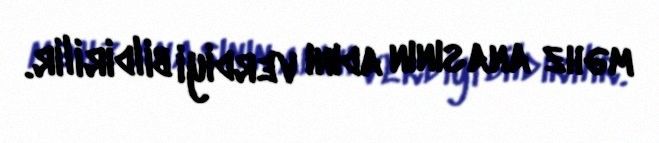
məhz anasının adını verdiyi bildirilir.